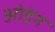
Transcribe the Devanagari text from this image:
ओडेन